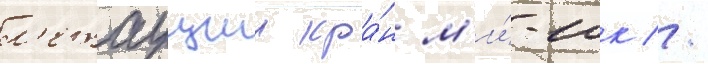
л'етаущии кра́н м'и́-10к //